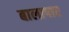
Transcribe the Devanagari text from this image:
बालापार